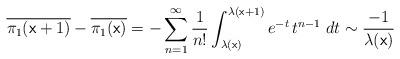
LaTeX: \begin{align*}\overline{\pi_1( \mathrm{\mathsf{x}}+1)}-\overline{\pi_1( \mathrm{\mathsf{x}})}=-\sum_{n=1}^\infty\frac{1}{n!}\int_{\lambda( \mathrm{\mathsf{x}})}^{\lambda( \mathrm{\mathsf{x}}+1)}e^{-t}\,t^{n-1}\;dt\sim\frac{-1}{\lambda( \mathrm{\mathsf{x}})}\end{align*}